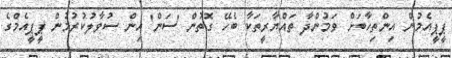
ޕީޕީއެމުން އިންތިހާބަށް ވަމުންދާ ތައްޔާރީތަކާ ބެހޭ ގޮތުން 'ސަން' އިން ސުވާލުކުރުމުން ޕީޕީއެމްގެ